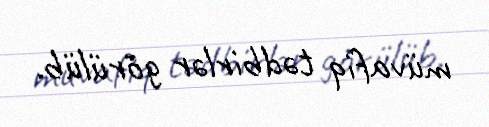
müvafiq tədbirlər görülüb.